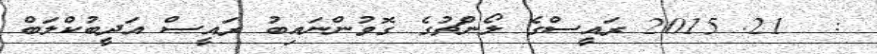
:  21